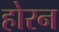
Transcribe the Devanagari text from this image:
होरन